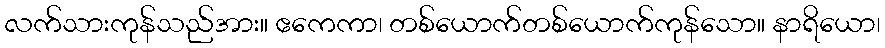
လက်သားကုန်သည်အား။ ဧကေကာ၊ တစ်ယောက်တစ်ယောက်ကုန်သော။ နာရိယော၊